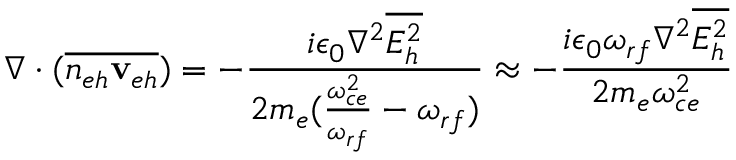
\nabla \cdot ( \overline { { n _ { e h } { { \bf v } _ { e h } } } } ) = - \frac { i \epsilon _ { 0 } \nabla ^ { 2 } \overline { { E _ { h } ^ { 2 } } } } { 2 m _ { e } ( \frac { \omega _ { c e } ^ { 2 } } { \omega _ { r f } } - \omega _ { r f } ) } \approx - \frac { i \epsilon _ { 0 } \omega _ { r f } \nabla ^ { 2 } \overline { { E _ { h } ^ { 2 } } } } { 2 m _ { e } \omega _ { c e } ^ { 2 } }